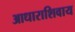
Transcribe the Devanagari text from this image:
आधाराशिवाय